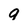
Character: q